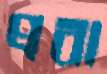
প্রবা